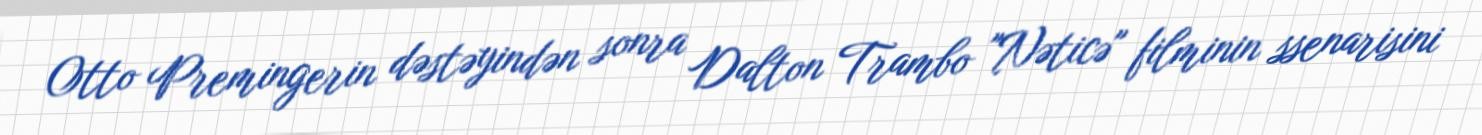
Otto Premingerin dəstəyindən sonra Dalton Trambo "Nəticə" filminin ssenarisini